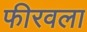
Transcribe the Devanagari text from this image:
फीरवला